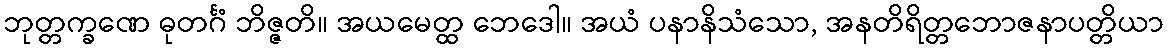
ဘုတ္တက္ခဏေ ဓုတင်္ဂံ ဘိဇ္ဇတိ။ အယမေတ္ထ ဘေဒေါ။ အယံ ပနာနိသံသော, အနတိရိတ္တဘောဇနာပတ္တိယာ